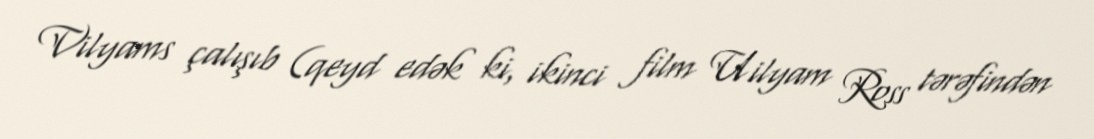
Vilyams çalışıb (qeyd edək ki, ikinci film Uilyam Ross tərəfindən